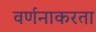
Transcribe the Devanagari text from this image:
वर्णनाकरता